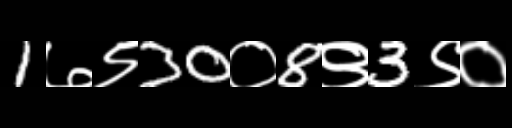
Text: 1७९30०8९3९०